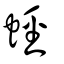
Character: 蛵